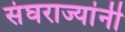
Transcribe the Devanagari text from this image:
संघराज्यांनी